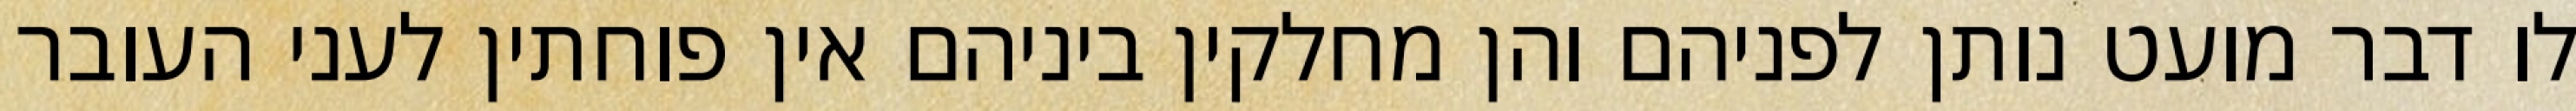
לו דבר מועט נותן לפניהם והן מחלקין ביניהם אין פוחתין לעני העובר